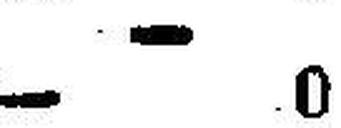
— 0